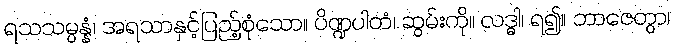
ရသသမ္ပန္နံ၊ အရသာနှင့်ပြည့်စုံသော။ ပိဏ္ဍပါတံ၊ ဆွမ်းကို။ လဒ္ဓါ၊ ရ၍။ ဘာဇေတွာ၊